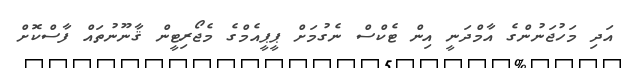
އަދި މަހުޖަނުންގެ އާމްދަނީ އިން ޓެކްސް ނެގުމަށް ޕީޕީއެމްގެ މެޖޯރިޓީން ޤާނޫނުތައް ފާސްކޮށް